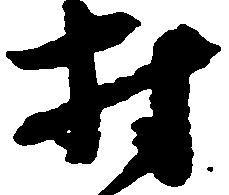
村